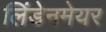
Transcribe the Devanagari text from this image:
लिंडेनमेयर